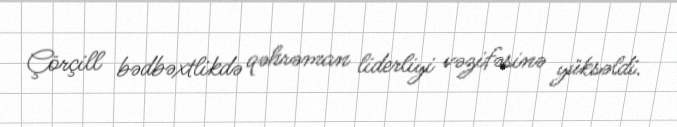
Çörçill bədbəxtlikdə qəhrəman liderliyi vəzifəsinə yüksəldi.